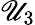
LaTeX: \mathscr{U}_{3}